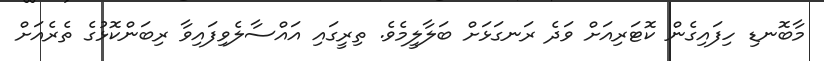
މާބޮނޑި ހިފައިގެން ކޮޓަރިއަށް ވަދެ ރަނގަޅަށް ބަލާލީމެވެ. ތިރީގައި އައްސާލެވިފައިވާ ރިބަންކޮޅުގެ ތެރެއަށް